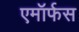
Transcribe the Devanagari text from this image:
एमॉर्फस